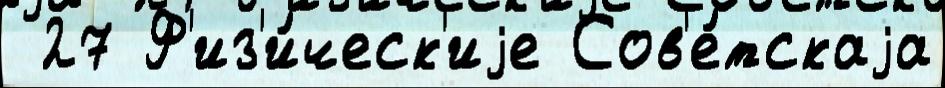
 27 Ф'из'и́ческ'иjе Сов'е́тскаjа